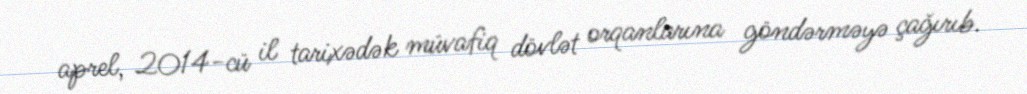
aprel, 2014-cü il tarixədək müvafiq dövlət orqanlarına göndərməyə çağırıb.